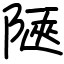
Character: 陿